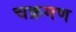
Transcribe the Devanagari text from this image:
चक्रमण